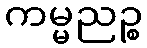
ကမ္မညဉ္စ